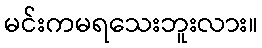
မင်းကမရသေးဘူးလား။